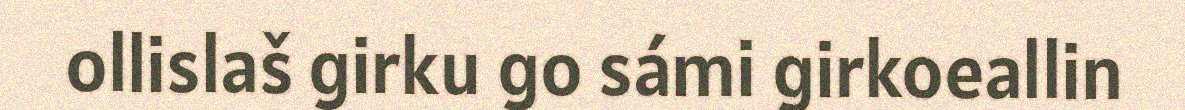
ollislaš girku go sámi girkoeallin